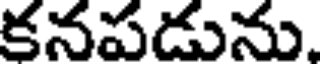
కనపడును.